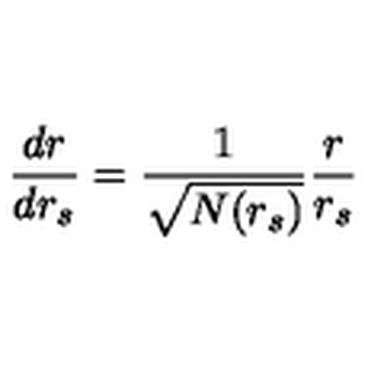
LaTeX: \frac { d r } { d r _ { s } } = \frac { 1 } { \sqrt { N ( r _ { s } ) } } \frac { r } { r _ { s } }